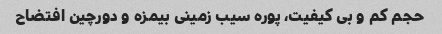
حجم کم و بی کیفیت، پوره سیب زمینی بیمزه و دورچین افتضاح